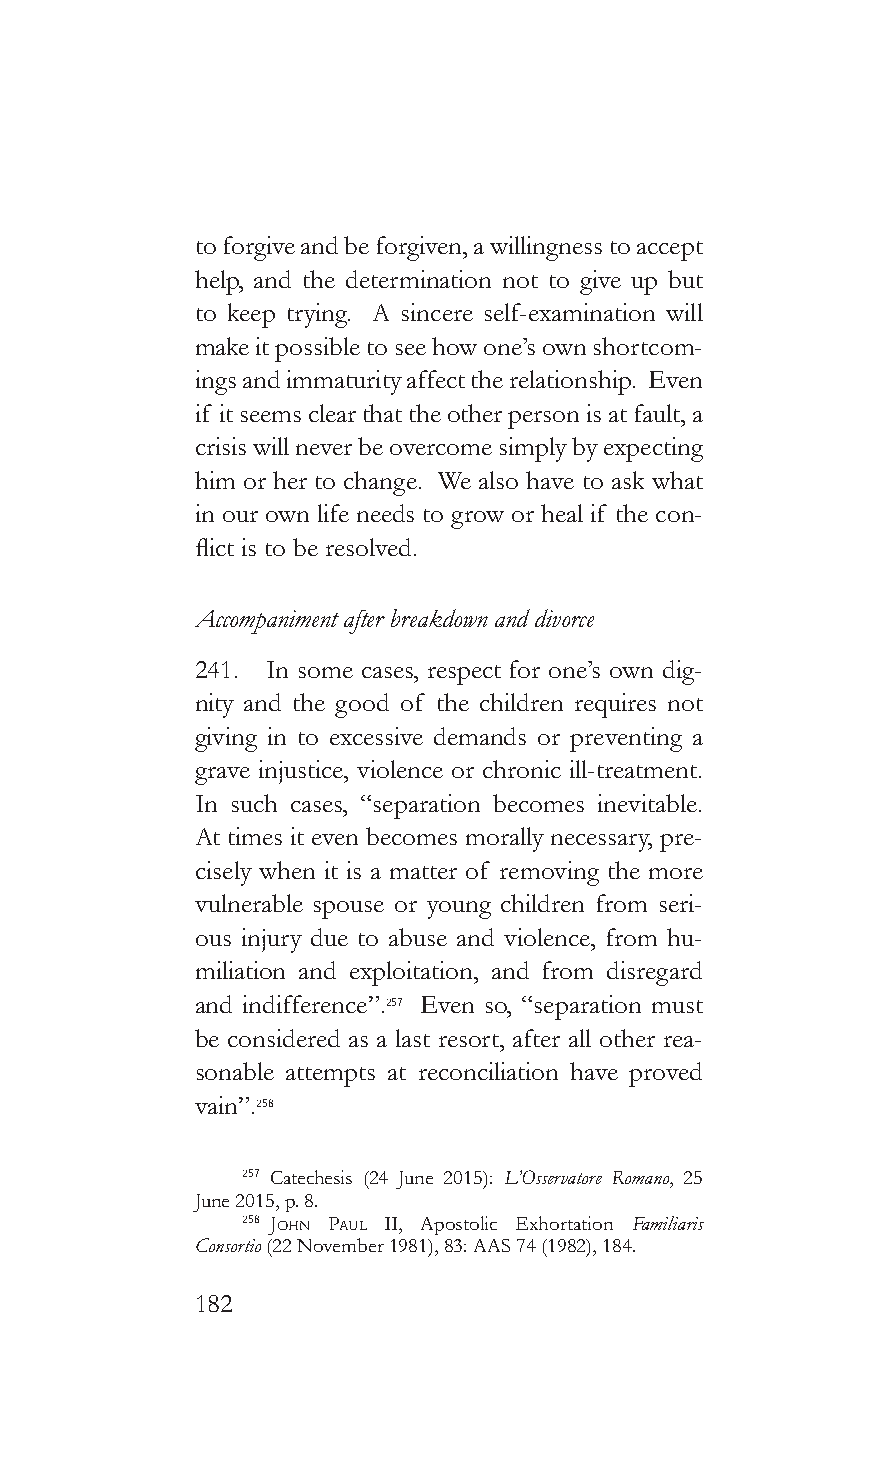
to forgive and be forgiven, a willingness to accept
 help, and the determination not to give up but
 to keep trying. A sincere self-examination will
 make it possible to see how one’s own shortcom-
 ings and immaturity affect the relationship. Even
 if it seems clear that the other person is at fault, a
 crisis will never be overcome simply by expecting
 him or her to change. We also have to ask what
 in our own life needs to grow or heal if the con-
 flict is to be resolved.
 Accompaniment after breakdown and divorce
 241. In some cases, respect for one’s own dig-
 nity and the good of the children requires not
 giving in to excessive demands or preventing a
 grave injustice, violence or chronic ill-treatment.
 In such cases, “separation becomes inevitable.
 At times it even becomes morally necessary, pre-
 cisely when it is a matter of removing the more
 vulnerable spouse or young children from seri-
 ous injury due to abuse and violence, from hu-
 miliation and exploitation, and from disregard
 and indifference”.257 Even so, “separation must
 be considered as a last resort, after all other rea-
 sonable attempts at reconciliation have proved
 vain”.258
 257 Catechesis (24 June 2015): L’Osservatore Romano, 25
 June 2015, p. 8.
 258 John pauL II, Apostolic Exhortation Familiaris
 Consortio (22 November 1981), 83: AAS 74 (1982), 184.
 182